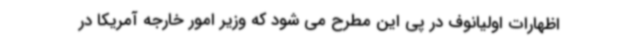
اظهارات اولیانوف در پی این مطرح می شود که وزیر امور خارجه آمریکا در